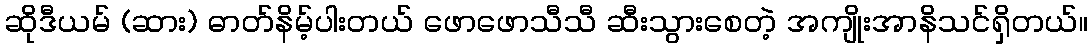
ဆိုဒီယမ် (ဆား) ဓာတ်နိမ့်ပါးတယ် ဖောဖောသီသီ ဆီးသွားစေတဲ့ အကျိုးအာနိသင်ရှိတယ်။